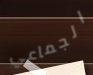
الجماعي